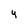
Character: 4